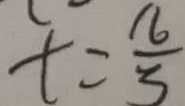
t = \frac { 1 6 } { 5 }